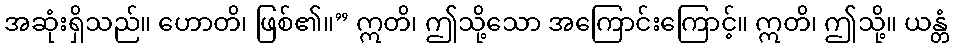
အဆုံးရှိသည်။ ဟောတိ၊ ဖြစ်၏။” ဣတိ၊ ဤသို့သော အကြောင်းကြောင့်။ ဣတိ၊ ဤသို့။ ယန္တံ